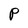
Character: P